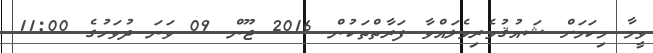
ވީމާ މިކަމަށް ޝައުޤުވެރިވެލައްވާ ފަރާތްތަކުން 2016 ޖޫން 09 ވަނަ ދުވަހުގެ 11:00